Annual report on the working of the mental hospitals in the Madras Presidency - 1912-1932
Year: 1912
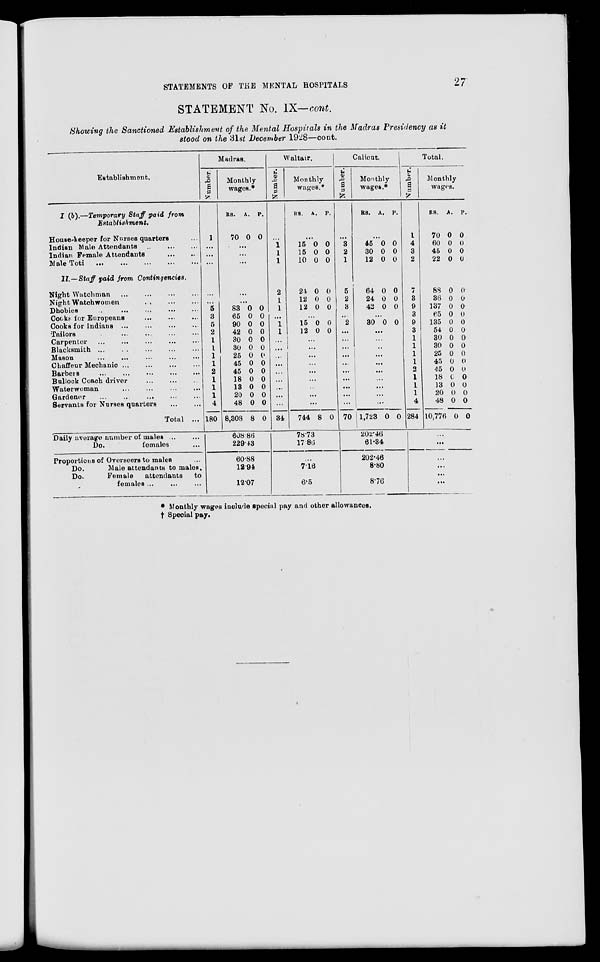
STATEMENTS OF THE MENTAL HOSPITALS
27
STATEMENT No. IX—cont.
Showing the Sanctioned Establishment of the Mental Hospitals in the Madras Presidency as it
stood on the 31st December 1928—cont.
Establishment.
I (b).—Temporary Staff paid from
Establishment.
House-keeper for Nurses quarters ...
Indian Male Attendants ... ...
Indian Female Attendants... ...
Male Toti ... ... ... ...
II.—Staff
paid from Contingencies.
Night Watchman ... ... ...
Night Watchwomen ... ... ...
Dhobies
..
...
...
...
Cooks for Europeans
...
...
...
Cooks for Indians ... ... ... ...
Tailors ... ... ... ... ...
Carpenter ... ... ... ... ...
Blacksmith ... ... ... ...
Mason ... ... ... ... ...
Chaffeur Mechanic ... ... ...
Barbers
...
...
...
...
Bullock Coach driver
...
...
...
Waterwoman ... ... ...
Gardener
... ... ... ...
Servants for Nurses quarters ... ...
Total ...
Daily average number of males ...
Do.
females ...
Proportions of Overseer to males ...
Do.
Male attendants to males.
Do.
Female
attendants
to
females ... ... ... ...
Madras.
Number.
1
...
...
...
...
5
3
5
2
1
1
1
1
2
1
1
1
4
180
Monthly
wages.*
RS.
70
A.
0
P.
0
...
...
...
...
...
83
65
90
42
30
30
25
45
45
18
13
20
48
8,308
0
0
0
0
0
0
0
0
0
0
0
0
0
8
0
0
0
0
0
0
0
0
0
0
0
0
0
0
608 86
229.43
60.88
12.94
12.07
Waltair.
Number.
...
1
1
1
2
1
1
...
1
1
...
...
...
...
...
...
...
...
...
34
Monthly
wages.*
RS.
A.
P.
...
15
15
10
0
0
0
0
0
0
24
12
12
0
0
0
0
0
0
...
15
12
0
0
0
0
...
...
...
...
...
...
...
...
...
744 8 0
78.73
17.86
...
7.16
6.5
Calicut.
Number.
3
2
1
5
2
3
...
2
...
...
...
...
...
...
...
...
...
...
70
Monthly
wages.*
RS.
A. P.
...
45
30
12
0
0
0
0
0
0
64
24
42
0
0
0
0
0
0
...
30 0 0
...
...
..
...
...
...
...
...
...
...
1,723 0 0
202.46
61.34
202.46
8.80
8.76
Total.
Number.
1
4
3
2
7
3
9
3
9
3
1
1
1
1
2
1
1
1
4
284
Monthly
wages.
RS.
70
60
45
22
88
36
137
65
135
54
30
30
25
45
45
18
13
20
48
10,776
A.
0
0
0
0
0
0
0
0
0
0
0
0
0
0
0
0
0
0
0
0
P.
0
0
0
0
0
0
0
0
0
0
0
0
0
0
0
0
0
0
0
0
...
...
...
...
...
* Monthly wages include special pay and other allowances.
† Special pay.